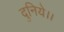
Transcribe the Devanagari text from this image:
दुनिये।।